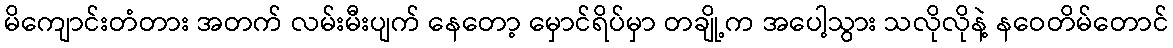
မိကျောင်းတံတား အတက် လမ်းမီးပျက် နေတော့ မှောင်ရိပ်မှာ တချို့က အပေါ့သွား သလိုလိုနဲ့ နဝေတိမ်တောင်